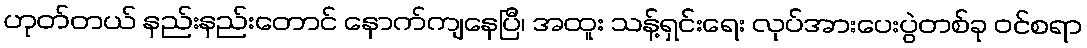
ဟုတ်တယ် နည်းနည်းတောင် နောက်ကျနေပြီ၊ အထူး သန့်ရှင်းရေး လုပ်အားပေးပွဲတစ်ခု ဝင်စရာ